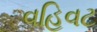
વહિવટ